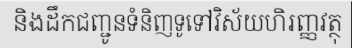
និងដឹកជញ្ជូនទំនិញទូទៅវិស័យហិរញ្ញវត្ថុ